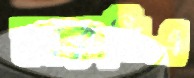
আরবিএ